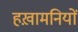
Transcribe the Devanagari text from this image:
हख़ामनियों